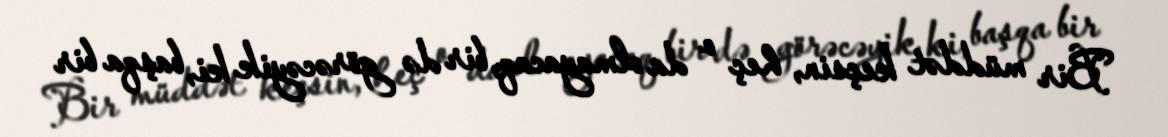
Bir müddət keçsin, heç o da olmayacaq, bir də görəcəyik ki, başqa bir